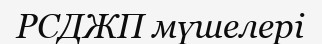
РСДЖП мүшелері